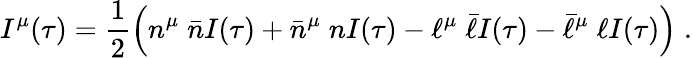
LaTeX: I^{\mu}(\tau)=\frac{1}{2}\left(n^{\mu}\; \bar{n}I(\tau)+\bar{n}^{\mu}\; nI(\tau)-\ell^{\mu}\; \bar{\ell}I(\tau)-\bar{\ell}^{\mu}\; \ell I(\tau)\right)\; .